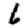
Digit: 6